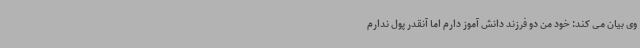
وی بیان می کند: خود من دو فرزند دانش آموز دارم اما آنقدر پول ندارم